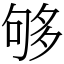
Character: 够